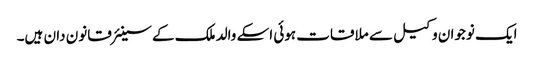
ایک نوجوان وکیل سے ملاقات ہوئی اسکے والد ملک کے سینئر قانون دان ہیں۔